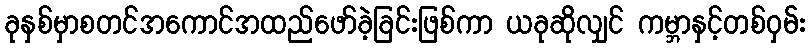
ခုနှစ်မှာစတင်အကောင်အထည်ဖော်ခဲ့ခြင်းဖြစ်ကာ ယခုဆိုလျှင် ကမ္ဘာနှင့်တစ်ဝှမ်း